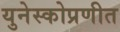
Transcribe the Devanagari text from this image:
युनेस्कोप्रणीत